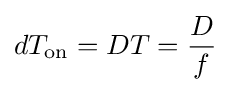
dT_{\text{on}}=DT={\frac {D}{f}}